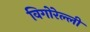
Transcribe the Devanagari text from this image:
विगोरेल्ली